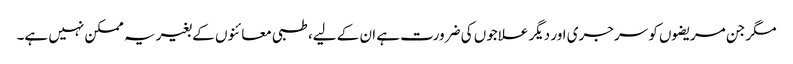
مگر جن مریضوں کو سرجری اور دیگر علاجوں کی ضرورت ہے ان کے لیے، طبی معائنوں کے بغیر یہ ممکن نہیں ہے۔